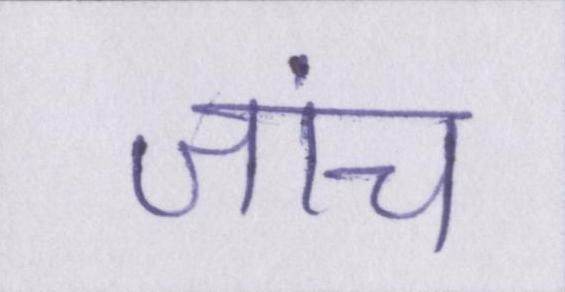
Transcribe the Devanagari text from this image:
जांच